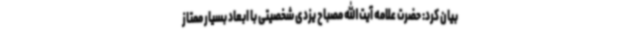
بیان کرد: حضرت علامه آیت الله مصباح یزدی شخصیتی با ابعاد بسیار ممتاز